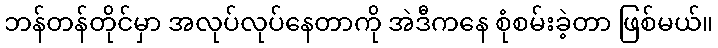
ဘန်တန်တိုင်မှာ အလုပ်လုပ်နေတာကို အဲဒီကနေ စုံစမ်းခဲ့တာ ဖြစ်မယ်။